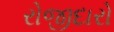
રોજીદારો